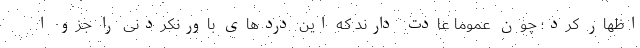
اظهار کرد؛ چون عموما عادت دارند که این دردهای باورنکردنی را جزو ا